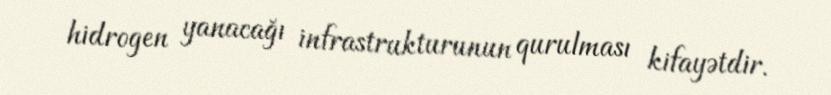
hidrogen yanacağı infrastrukturunun qurulması kifayətdir.